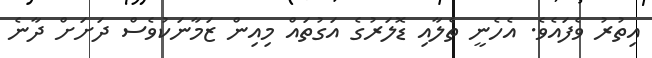
އިތުރު ވެފައެވެ. އެހެނީ ތެލާއި ޑޮލަރުގެ އަގުތައް މިއިން ޒަމާނަކުވެސް ދަށަށް ދާނެ